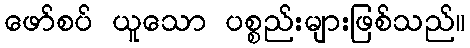
ဖော်စပ် ယူသော ပစ္စည်းများဖြစ်သည်။